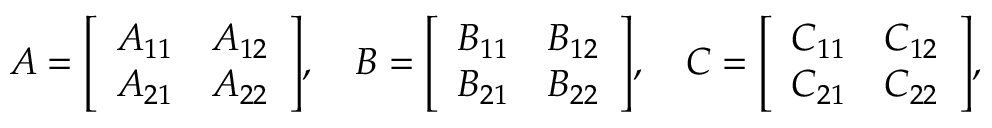
A = { \left[ \begin{array} { l l } { A _ { 1 1 } } & { A _ { 1 2 } } \\ { A _ { 2 1 } } & { A _ { 2 2 } } \end{array} \right] } , \quad B = { \left[ \begin{array} { l l } { B _ { 1 1 } } & { B _ { 1 2 } } \\ { B _ { 2 1 } } & { B _ { 2 2 } } \end{array} \right] } , \quad C = { \left[ \begin{array} { l l } { C _ { 1 1 } } & { C _ { 1 2 } } \\ { C _ { 2 1 } } & { C _ { 2 2 } } \end{array} \right] } , \quad